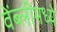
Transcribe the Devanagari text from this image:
वेंब्लीमध्ये